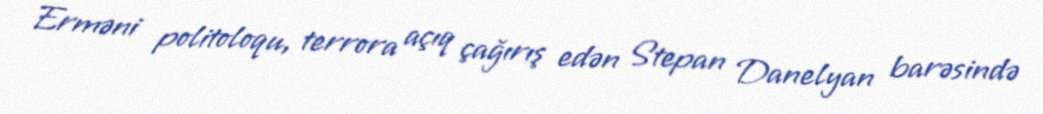
Erməni politoloqu, terrora açıq çağırış edən Stepan Danelyan barəsində